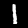
Label: 1